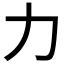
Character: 力